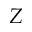
Z